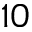
1 0